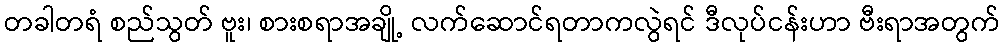
တခါတရံ စည်သွတ် ဗူး၊ စားစရာအချို့ လက်ဆောင်ရတာကလွဲရင် ဒီလုပ်ငန်းဟာ ဗီးရာအတွက်